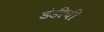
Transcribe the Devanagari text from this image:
डंडीची